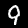
Label: 9